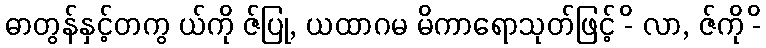
ဓာတွန်နှင့်တကွ ယ်ကို ဇ်ပြု, ယထာဂမ မိကာရောသုတ်ဖြင့် -ိ လာ, ဇ်ကို -ိ